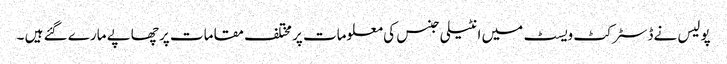
پولیس نےڈسٹرکٹ ویسٹ میں انٹیلی جنس کی معلومات پر مختلف مقامات پر چھاپے مارے گئے ہیں ۔